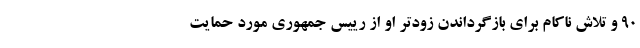
90 و تلاش ناکام برای بازگرداندن زودتر او از رییس جمهوری مورد حمایت